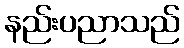
နည်းပညာသည်